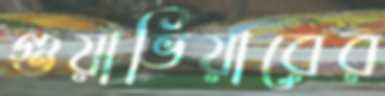
গুয়াভিয়ারের